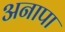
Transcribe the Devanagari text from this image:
अनापा